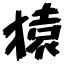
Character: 猿